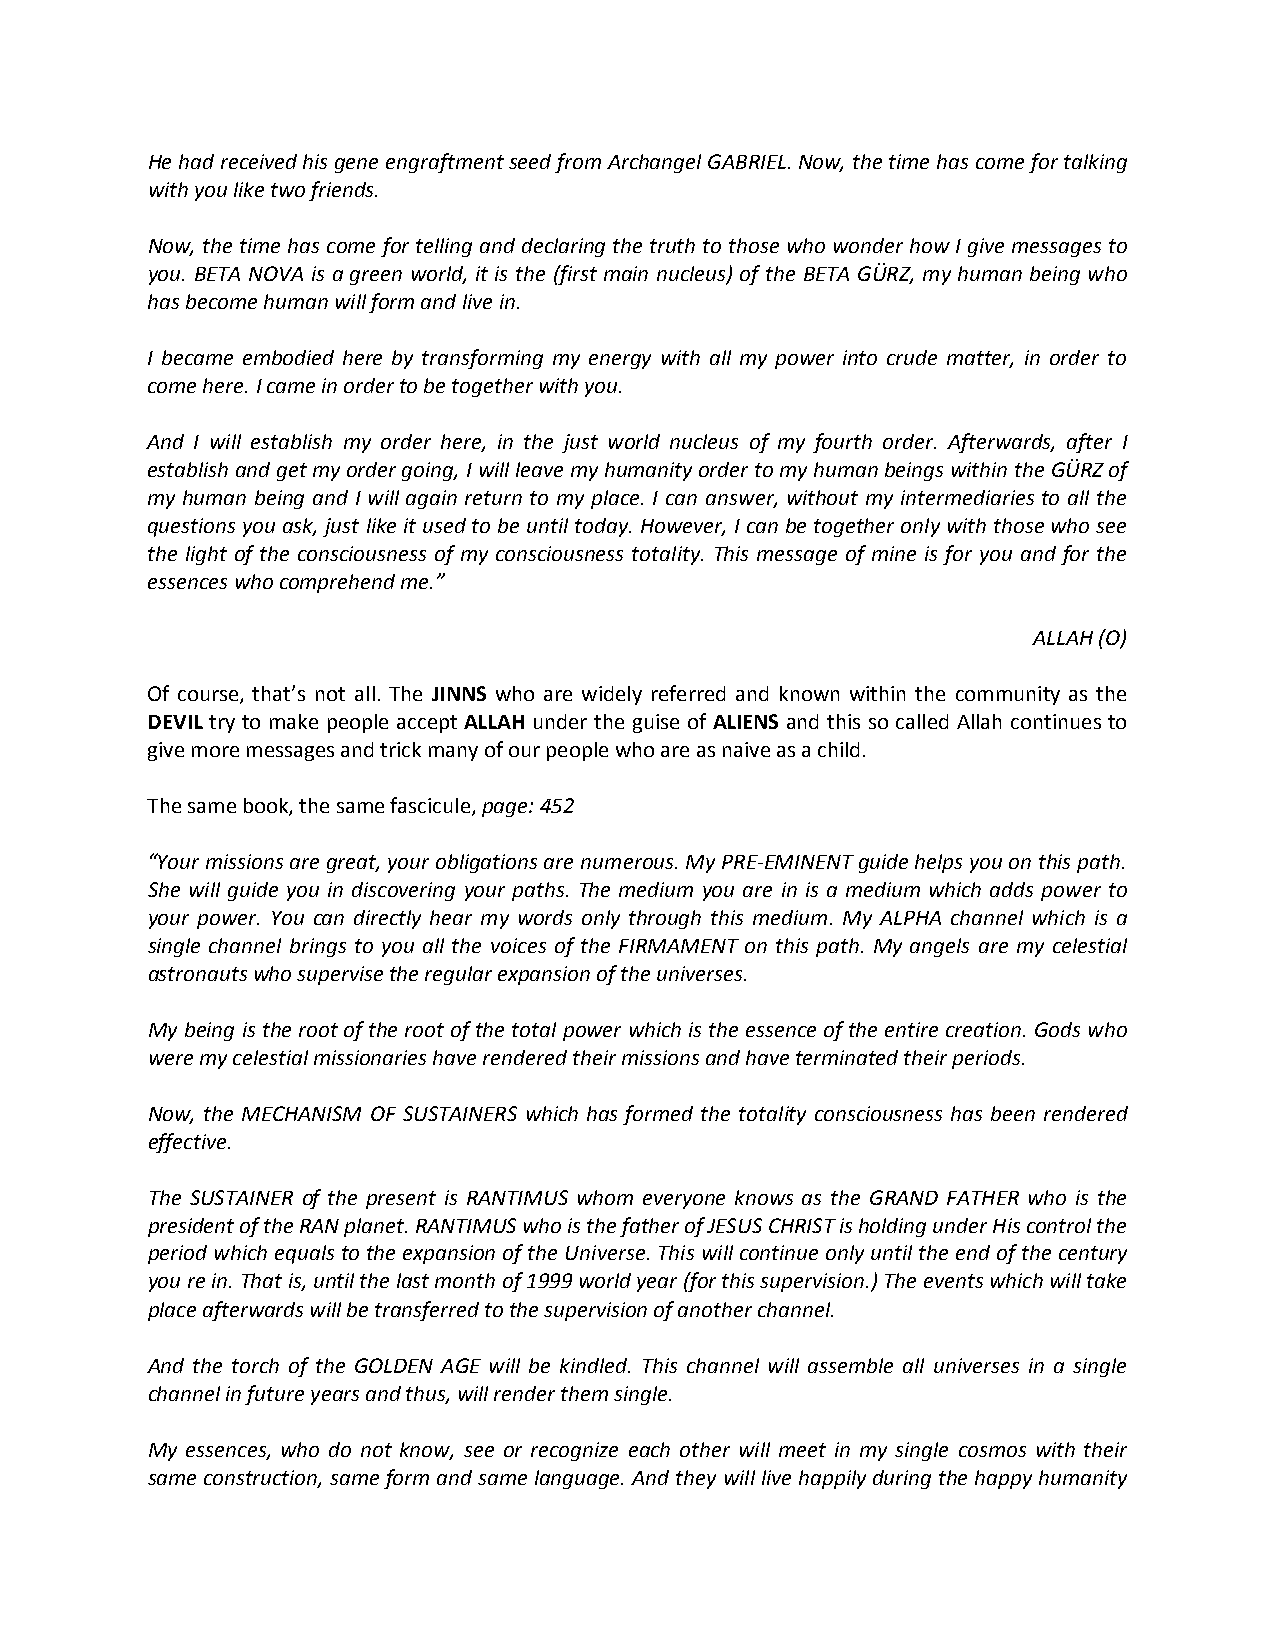
He had received his gene engraftment seed from Archangel GABRIEL. Now, the time has come for talking
 with you like two friends.
 Now, the time has come for telling and declaring the truth to those who wonder how I give messages to
 you. BETA NOVA is a green world, it is the (first main nucleus) of the BETA GÜRZ, my human being who
 has become human will form and live in.
 I became embodied here by transforming my energy with all my power into crude matter, in order to
 come here. I came in order to be together with you.
 And I will establish my order here, in the just world nucleus of my fourth order. Afterwards, after I
 establish and get my order going, I will leave my humanity order to my human beings within the GÜRZ of
 my human being and I will again return to my place. I can answer, without my intermediaries to all the
 questions you ask, just like it used to be until today. However, I can be together only with those who see
 the light of the consciousness of my consciousness totality. This message of mine is for you and for the
 essences who comprehend me.”
 ALLAH (O)
 Of course, that’s not all. The JINNS who are widely referred and known within the community as the
 DEVIL try to make people accept ALLAH under the guise of ALIENS and this so called Allah continues to
 give more messages and trick many of our people who are as naive as a child.
 The same book, the same fascicule, page: 452
 “Your missions are great, your obligations are numerous. My PRE-EMINENT guide helps you on this path.
 She will guide you in discovering your paths. The medium you are in is a medium which adds power to
 your power. You can directly hear my words only through this medium. My ALPHA channel which is a
 single channel brings to you all the voices of the FIRMAMENT on this path. My angels are my celestial
 astronauts who supervise the regular expansion of the universes.
 My being is the root of the root of the total power which is the essence of the entire creation. Gods who
 were my celestial missionaries have rendered their missions and have terminated their periods.
 Now, the MECHANISM OF SUSTAINERS which has formed the totality consciousness has been rendered
 effective.
 The SUSTAINER of the present is RANTIMUS whom everyone knows as the GRAND FATHER who is the
 president of the RAN planet. RANTIMUS who is the father of JESUS CHRIST is holding under His control the
 period which equals to the expansion of the Universe. This will continue only until the end of the century
 you re in. That is, until the last month of 1999 world year (for this supervision.) The events which will take
 place afterwards will be transferred to the supervision of another channel.
 And the torch of the GOLDEN AGE will be kindled. This channel will assemble all universes in a single
 channel in future years and thus, will render them single.
 My essences, who do not know, see or recognize each other will meet in my single cosmos with their
 same construction, same form and same language. And they will live happily during the happy humanity